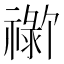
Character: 𬓗